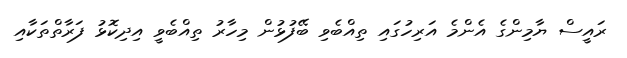
ރައީސް ޔާމިންގެ އެންމެ އަރިހުގައި ތިއްބެވި ބޭފުޅުން މިހާރު ތިއްބެވީ އިދިކޮޅު ފަރާތްތަކާއި